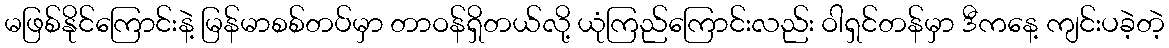
မဖြစ်နိုင်ကြောင်းနဲ့ မြန်မာစစ်တပ်မှာ တာဝန်ရှိတယ်လို့ ယုံကြည်ကြောင်းလည်း ဝါရှင်တန်မှာ ဒီကနေ့ ကျင်းပခဲ့တဲ့